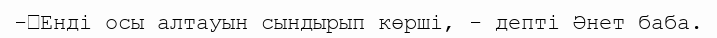
-	Енді осы алтауын сындырып көрші, - депті Әнет баба.